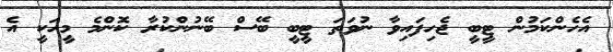
އެހެންކަމުން ޓީބީ ޖެހިފައިވާ ނުވަތަ ޓީބީ ބޭސް ބޭނުންކުރާ ކޮންމެ މީހަކީ އެ